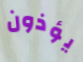
يؤذون